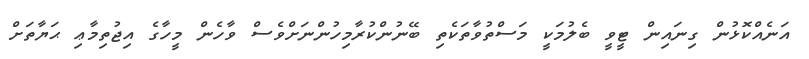
އަނެއްކޮޅުން ގިނައިން ޓީވީ ބެލުމަކީ މަސްތުވާތަކެތި ބޭނުންކުރާމިހުންނަށްވެސް ވާހެން މީހާގެ އިޖުތިމާޢި ޙަޔާތަށް